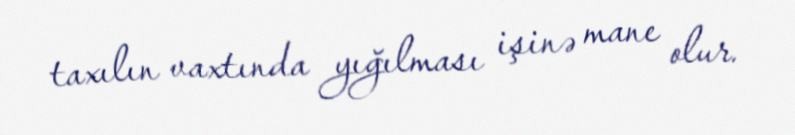
taxılın vaxtında yığılması işinə mane olur.